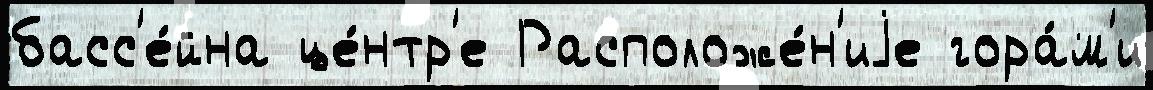
басс'е́йна це́нтр'е Расположе́н'иjе гора́м'и